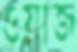
ওয়াজ